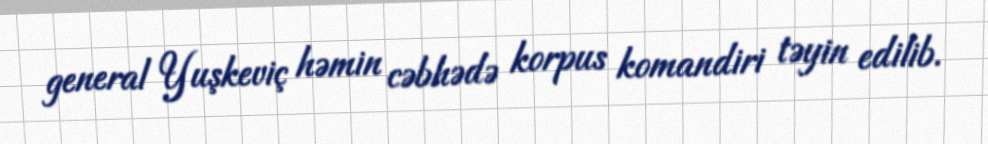
general Yuşkeviç həmin cəbhədə korpus komandiri təyin edilib.